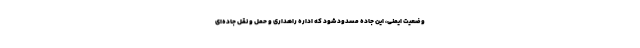
وضعیت ایمنی، این جاده مسدود شود که اداره راهداری و حمل و نقل جاده‌ای